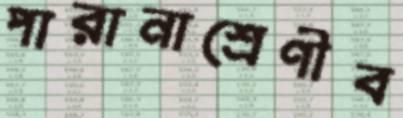
পারানাশ্রেণীব